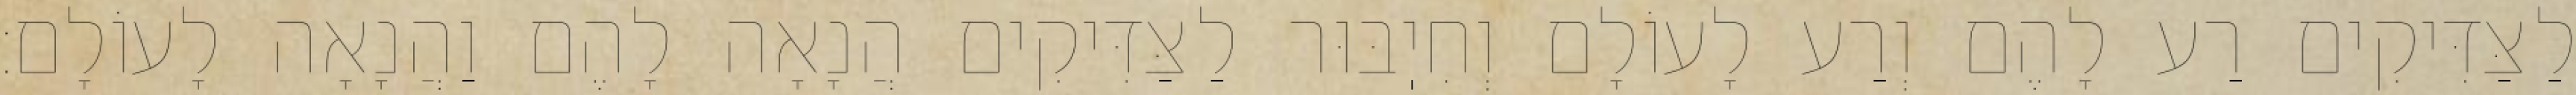
לַצַּדִּיקִים רַע לָהֶם וְרַע לָעוֹלָם וְחִיֽבּוּר לַצַּדִּיקִים הֲנָאָה לָהֶם וַהֲנָאָה לָעוֹלָם: